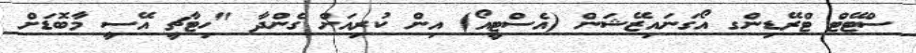
ސްޓޭޓް ޓްރޭޑިންގ އޯގަނައިޒޭޝަން (އެސްޓީއޯ) އިން ކުރިއަށް ގެންދާ "ހިޓާޗީ އޭސީ މާބޮޑަށް